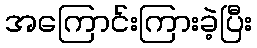
အကြောင်းကြားခဲ့ပြီး